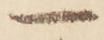
一